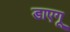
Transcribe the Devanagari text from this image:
डाएगू